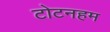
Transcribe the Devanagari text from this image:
टोटनहम